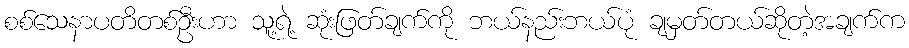
စစ်သေနာပတိတစ်ဦးဟာ သူ့ရဲ့ ဆုံးဖြတ်ချက်ကို ဘယ်နည်းဘယ်ပုံ ချမှတ်တယ်ဆိုတဲ့အချက်က